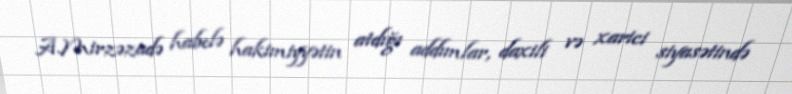
A.Mirzəzadə habelə hakimiyyətin atdığı addımlar, daxili və xarici siyasətində